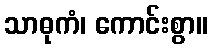
သာဓုကံ၊ ကောင်းစွာ။